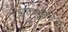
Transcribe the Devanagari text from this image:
ऑपरच्युनिटिज़